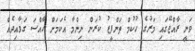
ވަނީ ރާއްޖޭގައި މަރުގެ ހުކުމް ތަންފީޒު ކުރަން ނިންމާ އެކަމަށް ހާއްސަ ގަވާއިދެއް